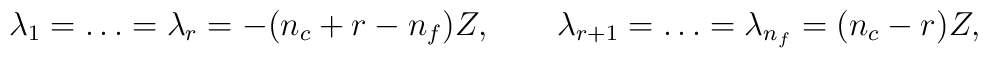
\lambda_1=\ldots =\lambda_r=   -(n_{c}+r-n_{f}) Z, \qquad   \lambda_{r+1}=\ldots =\lambda_{n_f} =   (n_{c}-r) Z,